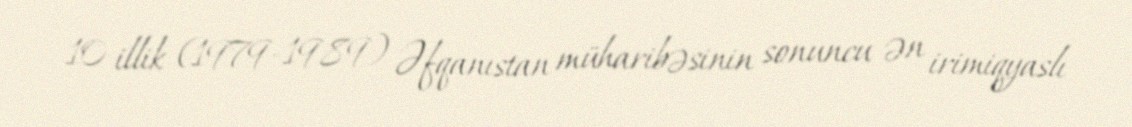
10 illik (1979-1989) Əfqanıstan müharibəsinin sonuncu ən irimiqyaslı